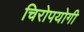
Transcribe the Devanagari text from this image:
चिरोपयोगी